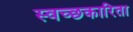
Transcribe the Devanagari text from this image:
स्वच्छकारिता